Leprosy in India: report of the Leprosy Commission in India, 1890-91
Year: 1890
Disease focus: Leprosy
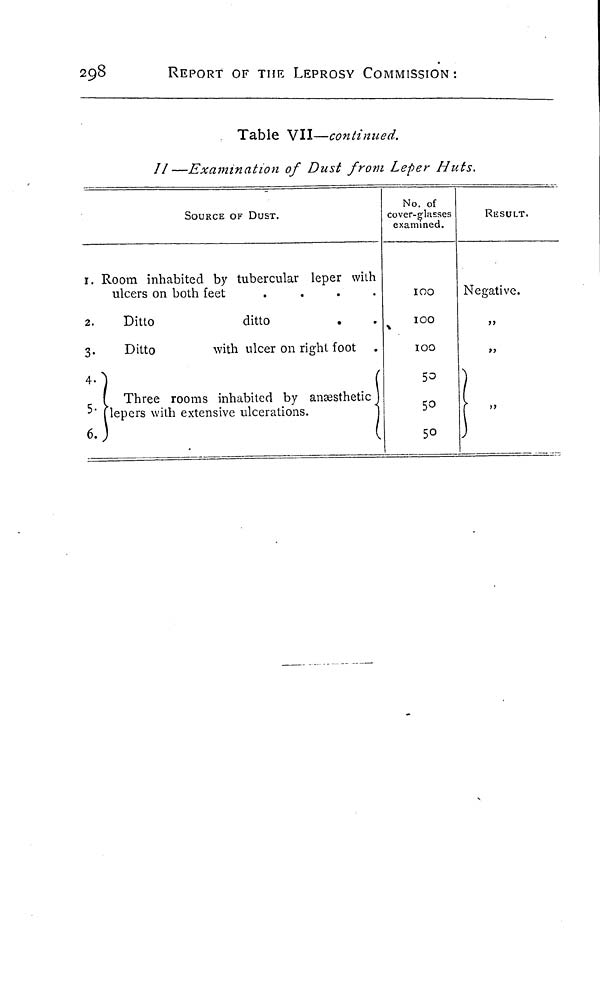
298
REPORT OF THE LEPROSY COMMISSION :
Table VII—continued.
II—Examination of Dust from Leper Huts.
SOURCE OF DUST.
1. Room inhabited by tubercular leper with
ulcers on both feet
....
2.
Ditto
ditto
3.
Ditto
with ulcer on right foot
4.
Three rooms inhabited by anaesthetic
5. lepers with extensive ulcerations.
6.
No. of
cover-glasses
examined.
100
100
100
50
50
50
RESULT.
Negative.
,,
,,
,,